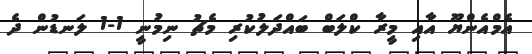
އެމްއެންޔޫ އާއި މީރާ ކްލަބް ބައްދަލުކުރި މެޗު ނިމުނީ 1-1 ލަނޑުން ދެ